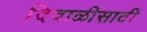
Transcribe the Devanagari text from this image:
दिवाळीसाठी